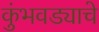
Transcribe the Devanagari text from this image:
कुंभवड्याचे